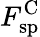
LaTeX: F_{\mathrm{sp}}^{\mathrm{C}}